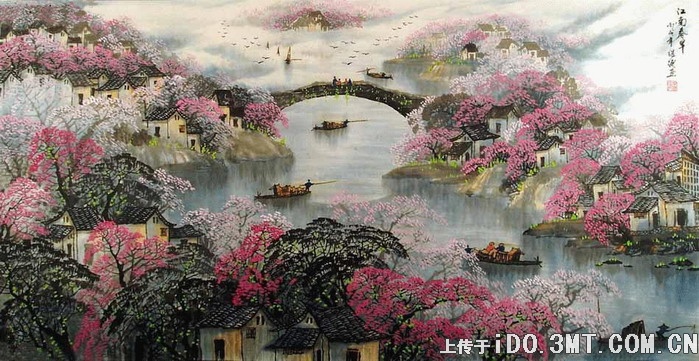
江南三月听莺天，买酒莫论钱。